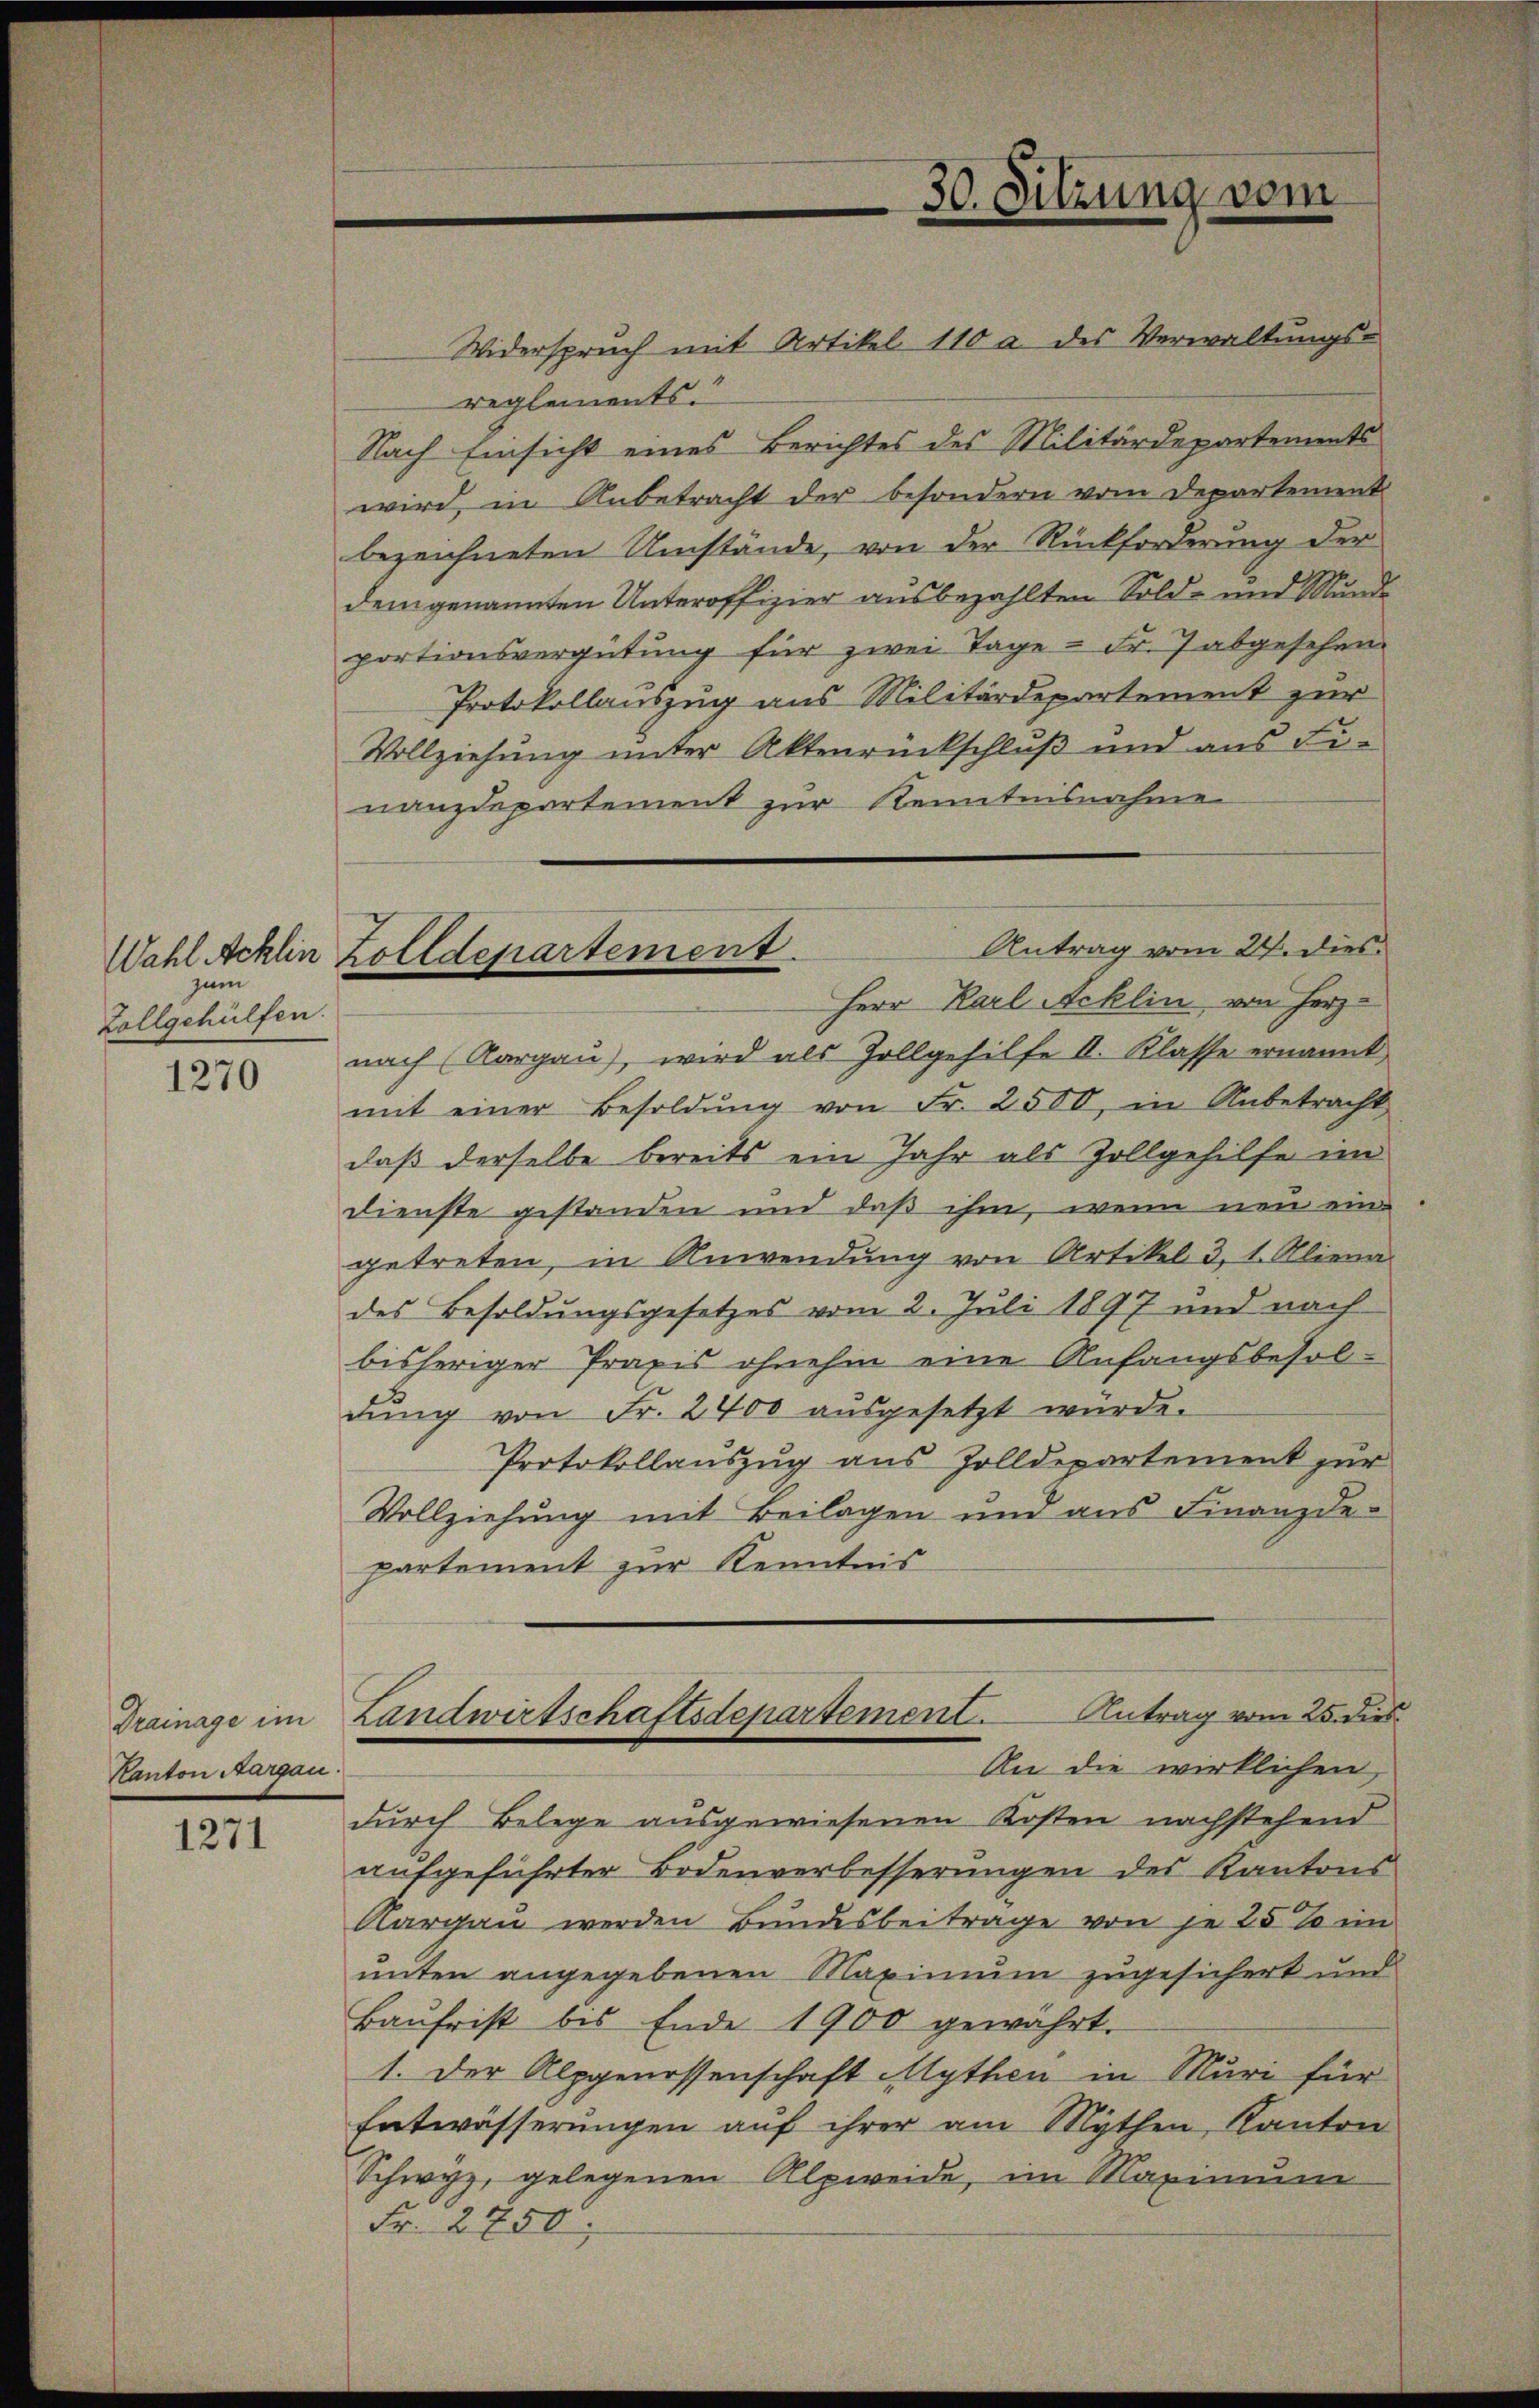
zum
Zollgehülfen.

1270

Drainage im
Kanton Aargau

1271

30. Sitzung vom

Antrag vom 24. dies
Wahl Acklin Zolldepartement
Herr Karl Acklin von Herz-

Widerspruch mit Artikel 110 a. des Verwaltungs-
reglements.
Nach Einsicht eines Berichtes des Militärdepartements
wird, in Anbetracht der besondern vom Departement
bezeichneten Umstände, von der Rückforderung der
dem genannten Unteroffizier ausbezahlten Sold- und Mund
portionsvergütung für zwei Tage - Fr. 7 abgesehen.
Protokollauszug aus Militärdepartement zur
Vollziehung unter Aktenrückschluß und aus Finanzdepartement zur Kenntnisnahme
nach (Aargau), wird als Zollgehilfe II. Klasse ernannt
mit einer Besoldŭng von Fr. 2500, in Anbetracht
daß derselbe bereits ein Jahr als Zollgehilfe im
dienste gestanden und daß ihm, wenn neu eingetreten, in Anwendung von Artikel 3, 1. Aliena
des Besoldungsgesetzes vom 2. Juli 1897 und nach
bisheriger Praxis ohnehin eine Anfangsbesoldŭng von Fr. 2400 aŭsgesetzt würde.
Protokollauszug aus Zolldepartement zur
Vollziehung mit Beilagen und aus Finanzde-
partement zur Kenntnis
Landwirtschaftsdepartement. Antrag vom 25. dies
An die wirklichen,
durch Belege ausgewiesenen Kosten nachstehend
aufgeführter Bodenverbesserungen des Kantons
Aargau werden Bundesbeitrage von je 25% im
unten angegebenen Maximum zugesichert und
Baŭfrist bis Ende 1900 gewahrt.
1. Der Alpgenossenschaft Mythen in Muri für
Entwässerungen auf ihrer am Mythen Kanton
Schwyz, gelegenen Alpweide, im Maximum
Fr. 2750.